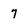
Character: 7